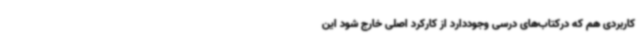
کاربردی هم که درکتاب‌های درسی وجوددارد از کارکرد اصلی خارج شود این